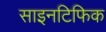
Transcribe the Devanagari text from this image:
साइनटिफिक